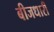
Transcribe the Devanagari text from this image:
बीजधारी